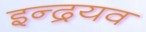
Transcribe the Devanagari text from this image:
इन्द्रयव